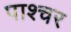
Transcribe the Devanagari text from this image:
पाश्‍चर